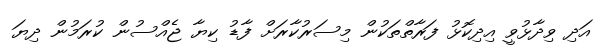
އަދި ވިދާޅުވީ އިދިކޮޅު ފަރާތްތަކުން މިސަރުކާރަށް ފާޑު ކިޔާ ޖެއްސުން ކުރަމުން ދިޔަ